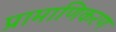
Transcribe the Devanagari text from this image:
प्रामाणिकरण